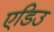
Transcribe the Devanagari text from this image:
एडिउ